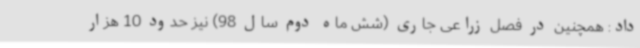
داد: همچنین در فصل زراعی جاری (شش ماه دوم سال 98) نیز حدود 10 هزار